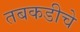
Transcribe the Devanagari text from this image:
तबकडीचे